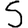
Digit: 5